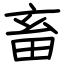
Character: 畜